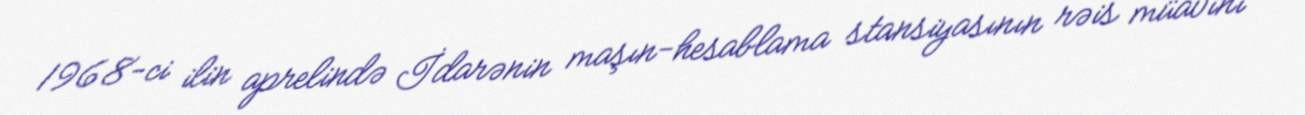
1968-ci ilin aprelində İdarənin maşın-hesablama stansiyasının rəis müavini